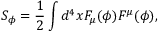
S _ { \phi } = \frac { 1 } { 2 } \int d ^ { 4 } x F _ { \mu } ( \phi ) F ^ { \mu } ( \phi ) ,